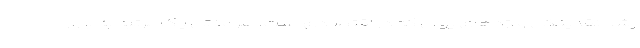
رشد نقدینگی و اژدهای پولی که در اقتصادی است، هر مدتی یک مرتبه به بازار